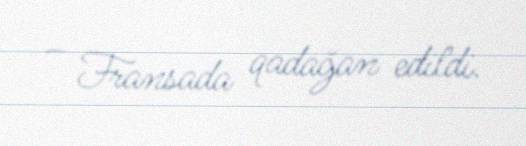
– Fransada qadağan edildi.